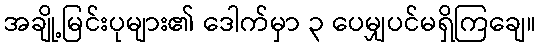
အချို့မြင်းပုများ၏ ဒေါက်မှာ ၃ ပေမျှပင်မရှိကြချေ။